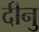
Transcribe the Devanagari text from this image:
दीनु